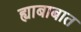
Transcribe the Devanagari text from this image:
ह्याबाबात